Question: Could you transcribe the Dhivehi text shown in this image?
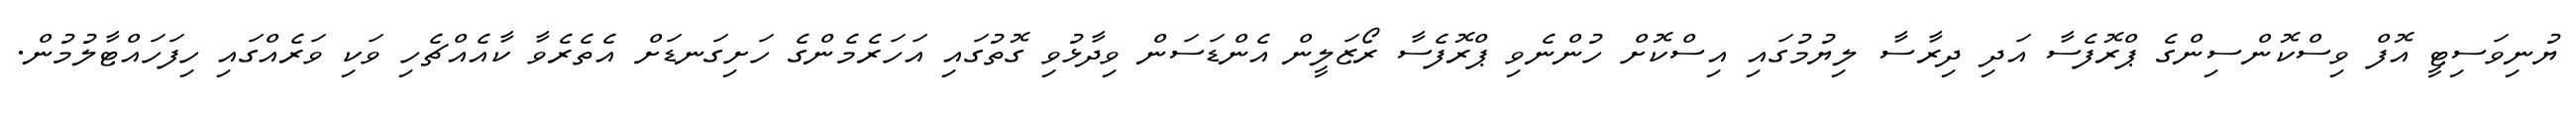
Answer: ޔުނިވަސިޓީ އޮފް ވިސްކޮންސިންގެ ޕްރޮފެސާ އަދި ދިރާސާ ލިޔުމުގައި އިސްކޮށް ހުންނެވި ޕްރޮފެސާ ރޯޒަލީން އެންޑަސަން ވިދާޅުވި ގޮތުގައި އަހަރެމެންގެ ހަށިގަނޑަށް އެތެރެވާ ކާއެއްޗެހި ވަކި ވަރެއްގައި ހިފަހައްޓާލުމުން.